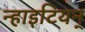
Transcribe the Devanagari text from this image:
न्हाइटियन्